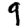
Digit: 9